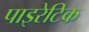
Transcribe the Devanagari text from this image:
पाइरेटिक